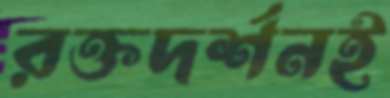
রক্তদর্শনই